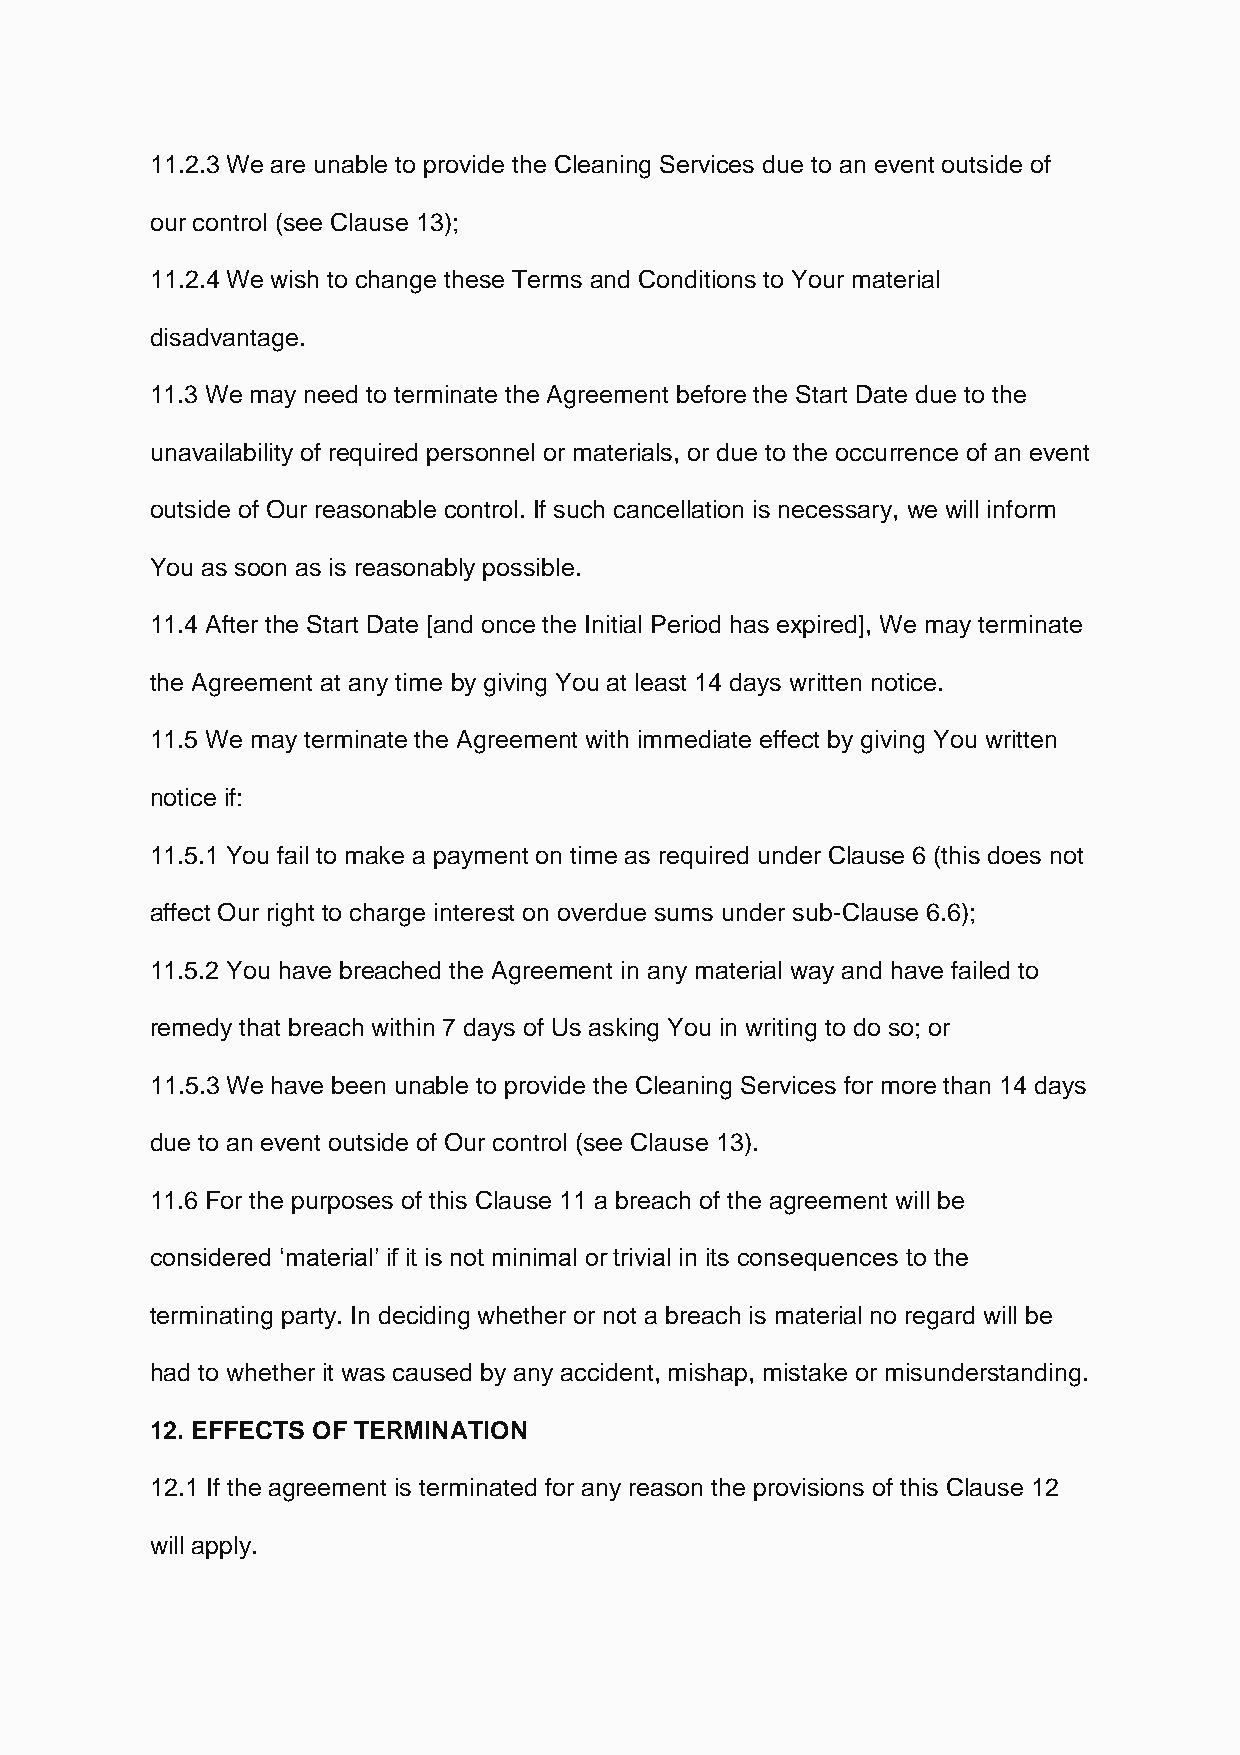
11.2.3 We are unable to provide the Cleaning Services due to an event outside of
 our control (see Clause 13);
 11.2.4 We wish to change these Terms and Conditions to Your material
 disadvantage.
 11.3 We may need to terminate the Agreement before the Start Date due to the
 unavailability of required personnel or materials, or due to the occurrence of an event
 outside of Our reasonable control. If such cancellation is necessary, we will inform
 You as soon as is reasonably possible.
 11.4 After the Start Date [and once the Initial Period has expired], We may terminate
 the Agreement at any time by giving You at least 14 days written notice.
 11.5 We may terminate the Agreement with immediate effect by giving You written
 notice if:
 11.5.1 You fail to make a payment on time as required under Clause 6 (this does not
 affect Our right to charge interest on overdue sums under sub-Clause 6.6);
 11.5.2 You have breached the Agreement in any material way and have failed to
 remedy that breach within 7 days of Us asking You in writing to do so; or
 11.5.3 We have been unable to provide the Cleaning Services for more than 14 days
 due to an event outside of Our control (see Clause 13).
 11.6 For the purposes of this Clause 11 a breach of the agreement will be
 considered ‘material’ if it is not minimal or trivial in its consequences to the
 terminating party. In deciding whether or not a breach is material no regard will be
 had to whether it was caused by any accident, mishap, mistake or misunderstanding.
 12. EFFECTS OF TERMINATION
 12.1 If the agreement is terminated for any reason the provisions of this Clause 12
 will apply.